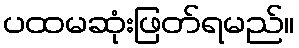
ပထမဆုံးဖြတ်ရမည်။